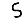
Digit: 5